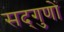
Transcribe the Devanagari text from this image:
सद्‌गुणों